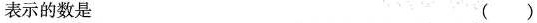
表示的数是 ( )